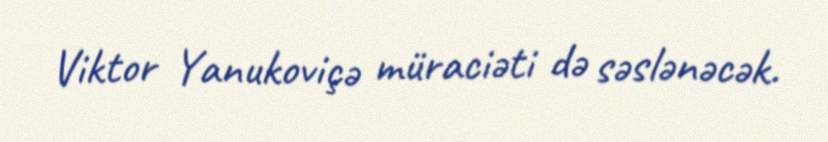
Viktor Yanukoviçə müraciəti də səslənəcək.